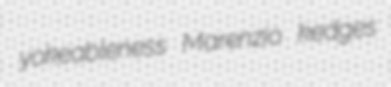
yokeableness Marenzio kedges